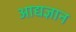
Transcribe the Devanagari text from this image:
आद्यज्ञान